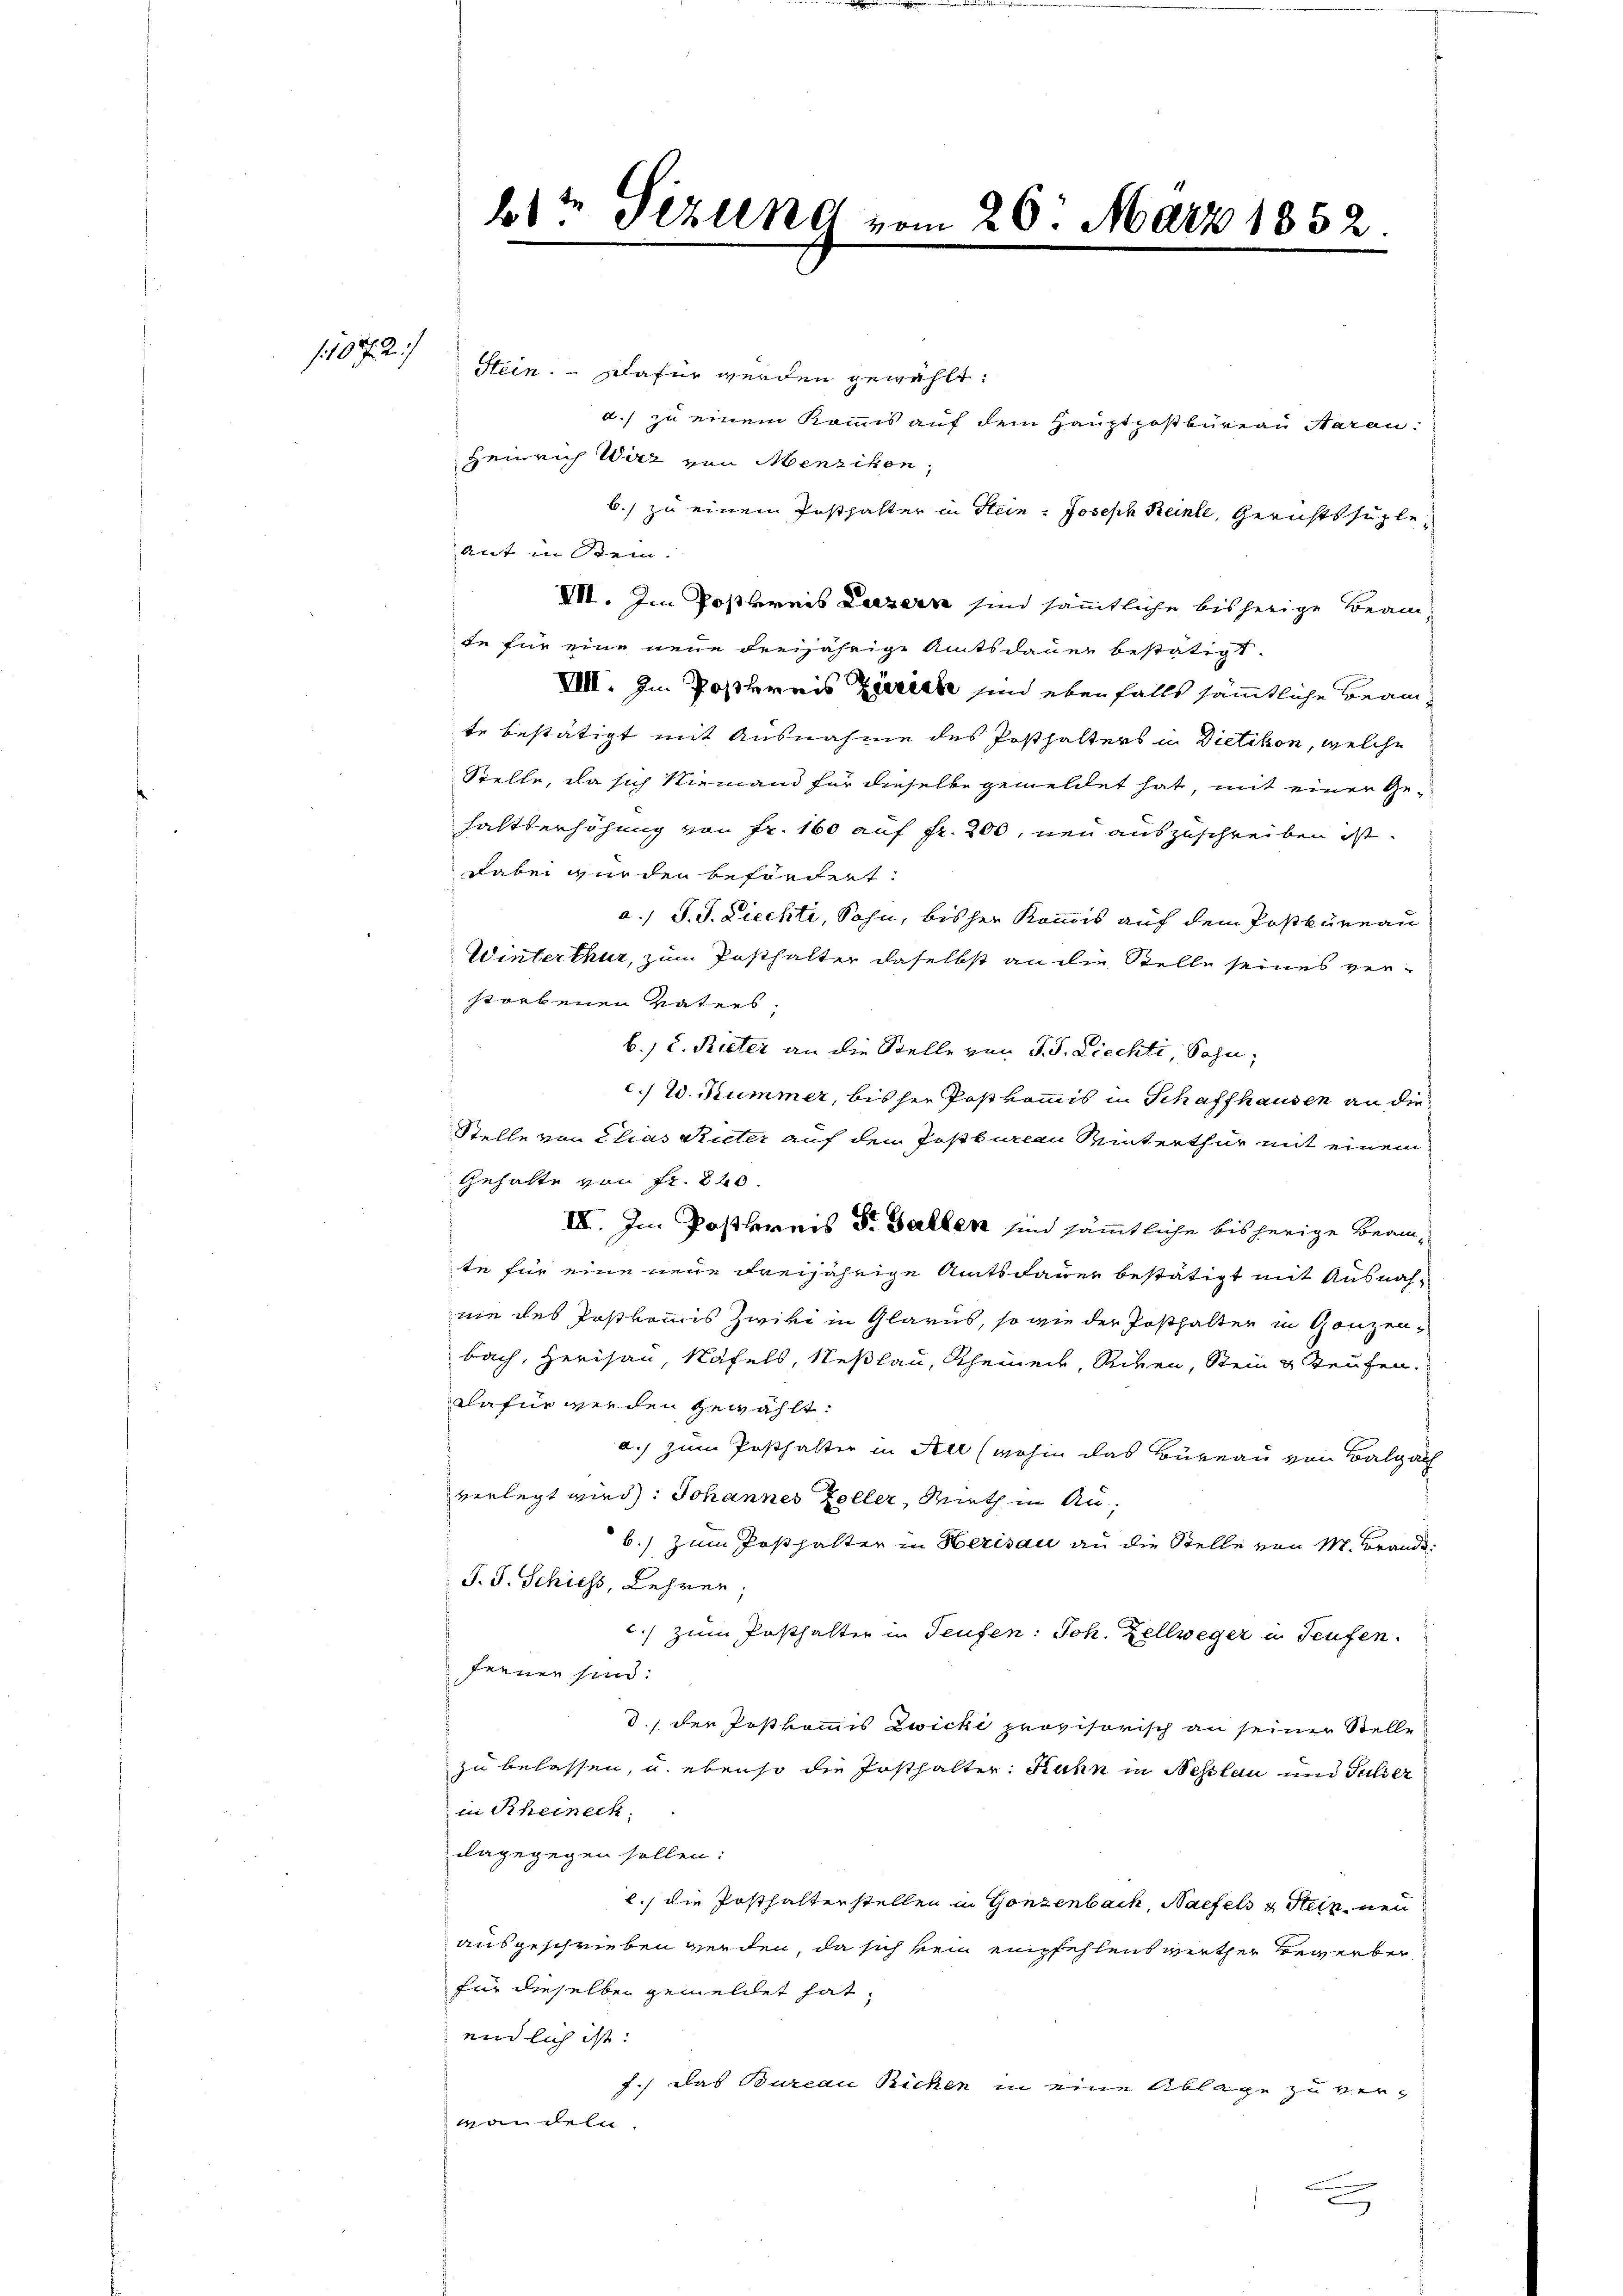
110 f. 2)

6) Sizung vom 26. März 1852

Stein. Dafür werden gewählt:
d.) zu einem Kommis auf dem Hauptpostbüreau daran.
Heinrich Wirz von Menzikon,
b.) zu einem Posthalter in Stein. Joseph Reinle, Gerichtssuple
ant in Bein.
VII. Im Postkreis Luzern sind sämmtliche bisherige Beam
te für eine neue dreijährige Amtsdauer bestätigt.
VIII. Im Postkreis Zürich sind ebenfalls sämmtliche Beam
te bestätigt mit Ausnahme des Posthalters in Dietikon, welche
Stelle, da sich Niemand für dieselbe gemeldet hat, mit einer Gehaltserhöhung von Fr. 160 auf Fr. 200, neu auszuschreiben ist.
dabei wurden befördert.
a. J. J. Ziechti, Sohn, bisher Kommis auf dem Postkureau
Winterthur, zum Posthalter daselbst an die Stelle seines verstorbenen Vaters,
b. 2. Rieter an die Stelle von J. J. Ziechti, Sohn,
c. Ed. Kummer, bis ser Postkommis in Schaffhausen an die
Stelle von Chias Ruter auf den Postbureau Winterthur mit einem
Gehalte von Fr. 820.
III. Im Postlereis Dr. Gallen sind sämmtliche bisherige Beamte für eine neue Freijährige Amtsdauer bestätigt mit Ausnahnie des Postkomis zwivi in Glarus, so wie der Posthalten in Ganzenbach, Herisau, Näfels, Neßlau, Rheiner, Riven, Stein & Teufen.
dafür werden gewählt:
a.) zum Posthalter in Au (wohin das Büreau von Balgach
verlegt wird: Johannes Zeller, Mieth in Au¬
6.) Zum Posthalter in Herisau an die Stelle von M. Brand¬
J. J. Schiess, Lehrer
c.) zum Posthalter in Teufen: Joh. Zellweger u Teufen.
ferner sind:
d., der Postkommis Zwicki provisorisch an seiner Stelle
zu belassen, u. ebenso die Ersthalter: Rahn in Neslau und Gulser
in Rheineck.
dagegegen sollen:
l., die Posthaltenstellen in Gonzenbach, Naefels & Stein nenn
ausgeschrieben werden, da sich kein empfehlens verther Bewerber,
für dieselben gemeldet hat,
endlich ist:
f.) das Bureau Ricken in eine Ablage zu verwandeln.
.